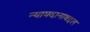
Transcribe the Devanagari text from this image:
न्यायदानाबद्दल